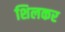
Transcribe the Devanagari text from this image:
शिलकर